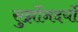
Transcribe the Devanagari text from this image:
सुर्झोनदर्यो